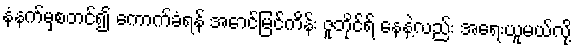
နံနက်မှစတင်၍ ကောက်ခံရန် အောင်မြင်ကိန်း ဇူဘိုင်ရ် နေနဲ့လည်း အရေးယူမယ်လို့